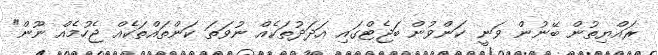
ރައްޔިތުން ބޭނުން ވަނީ ކަންވުން ބަޖެޓްގައި އަދަދުތަކެއް ނުވަތަ ކަންތައްތަކެއް ޖެހުމެއް ނޫން"